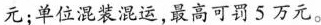
元；单位混装混运， 最高可罚5万元。